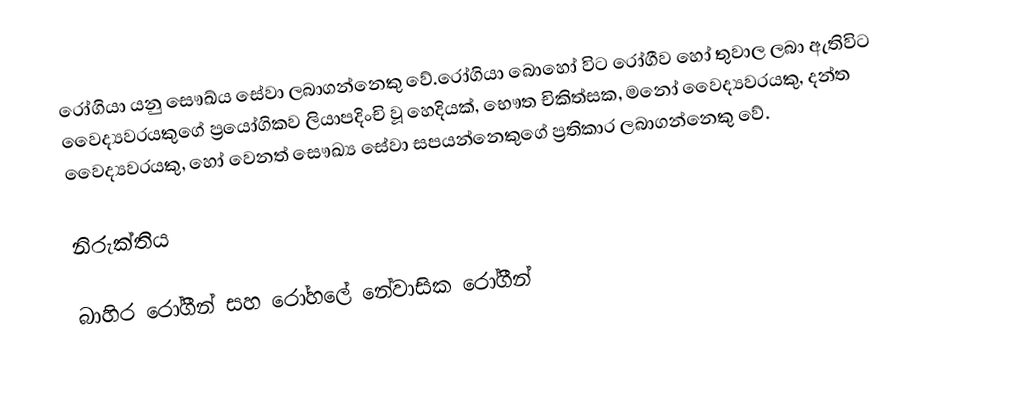
රෝගියා යනු සෞඛ්ය සේවා ලබාගන්නෙකු වේ.රෝගියා බොහෝ විට රෝගීව හෝ තුවාල ලබා ඇතිවිට වෛද්‍යවරයකුගේ ප්‍රයෝගිකව ලියාපදිංචි වූ හෙදියක්, භෞත චිකිත්සක, මනෝ වෛද්‍යවරයකු, දන්ත වෛද්‍යවරයකු, හෝ වෙනත් සෞඛ්‍ය සේවා සපයන්නෙකුගේ  ප්‍රතිකාර ලබාගන්නෙකු වේ.

නිරුක්තිය

බාහිර රෝගීන් සහ රෝහලේ නේවාසික රෝගීන්